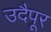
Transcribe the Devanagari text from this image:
उदैपूर